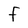
Character: F